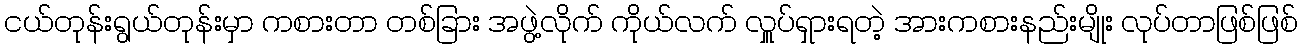
ငယ်တုန်းရွယ်တုန်းမှာ ကစားတာ တစ်ခြား အဖွဲ့လိုက် ကိုယ်လက် လှူပ်ရှားရတဲ့ အားကစားနည်းမျိုး လုပ်တာဖြစ်ဖြစ်